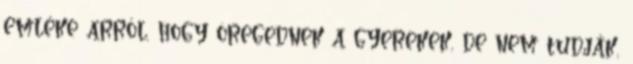
emléke arról, hogy öregednek a gyerekek, de nem tudják,